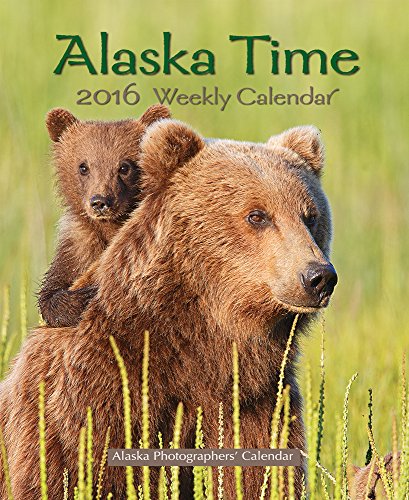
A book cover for Alaska Time 2016 Weekly Calendar; Calendars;